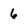
Character: 6